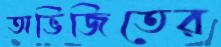
অভিজিতের